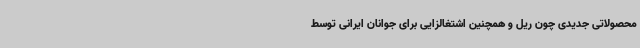
محصولاتی جدیدی چون ریل و همچنین اشتغالزایی برای جوانان ایرانی توسط